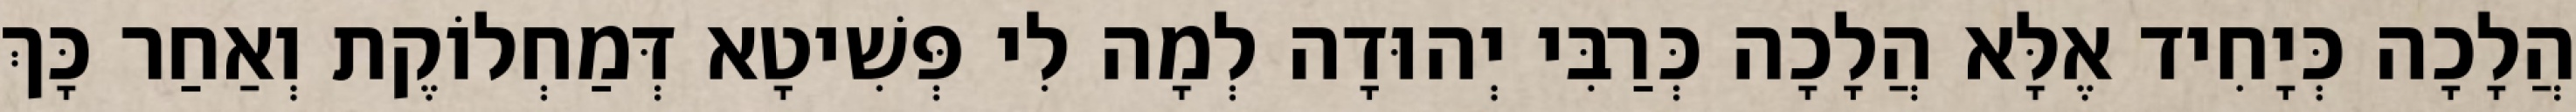
הֲלָכָה כְּיָחִיד אֶלָּא הֲלָכָה כְּרַבִּי יְהוּדָה לְמָה לִי פְּשִׁיטָא דְּמַחְלוֹקֶת וְאַחַר כָּךְ